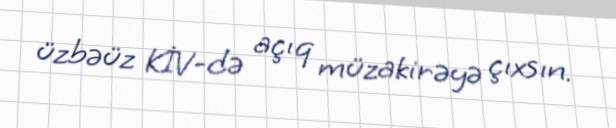
üzbəüz KİV-də açıq müzakirəyə çıxsın.